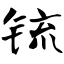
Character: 锍